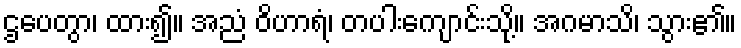
ဌပေတွာ၊ ထား၍။ အညံ ဝိဟာရံ၊ တပါးကျောင်းသို့။ အဂမာသိ၊ သွား၏။